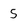
Character: 5